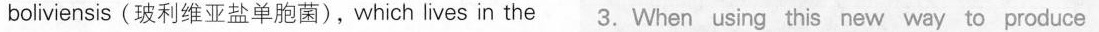
boliviensis(玻利维亚盐单胞菌),which lives in the 3.When using this new way to produce